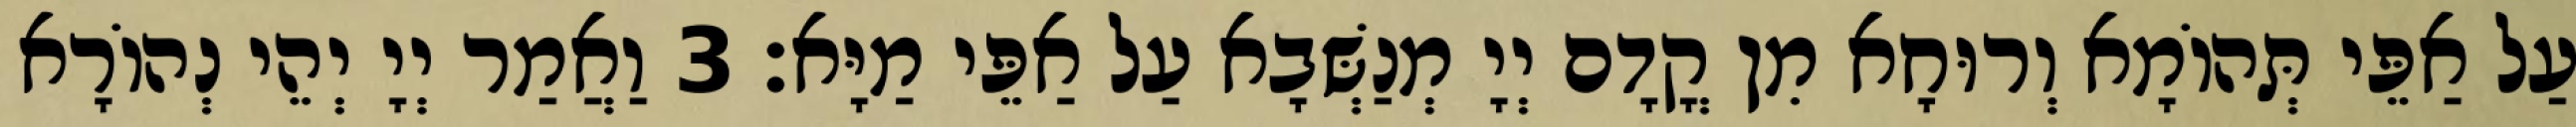
עַל אַפֵּי תְּהוֹמָא וְרוּחָא מִן קֳדָם יְיָ מְנַשְּׁבָא עַל אַפֵּי מַיָּא׃ 3 וַאֲמַר יְיָ יְהֵי נְהוֹרָא